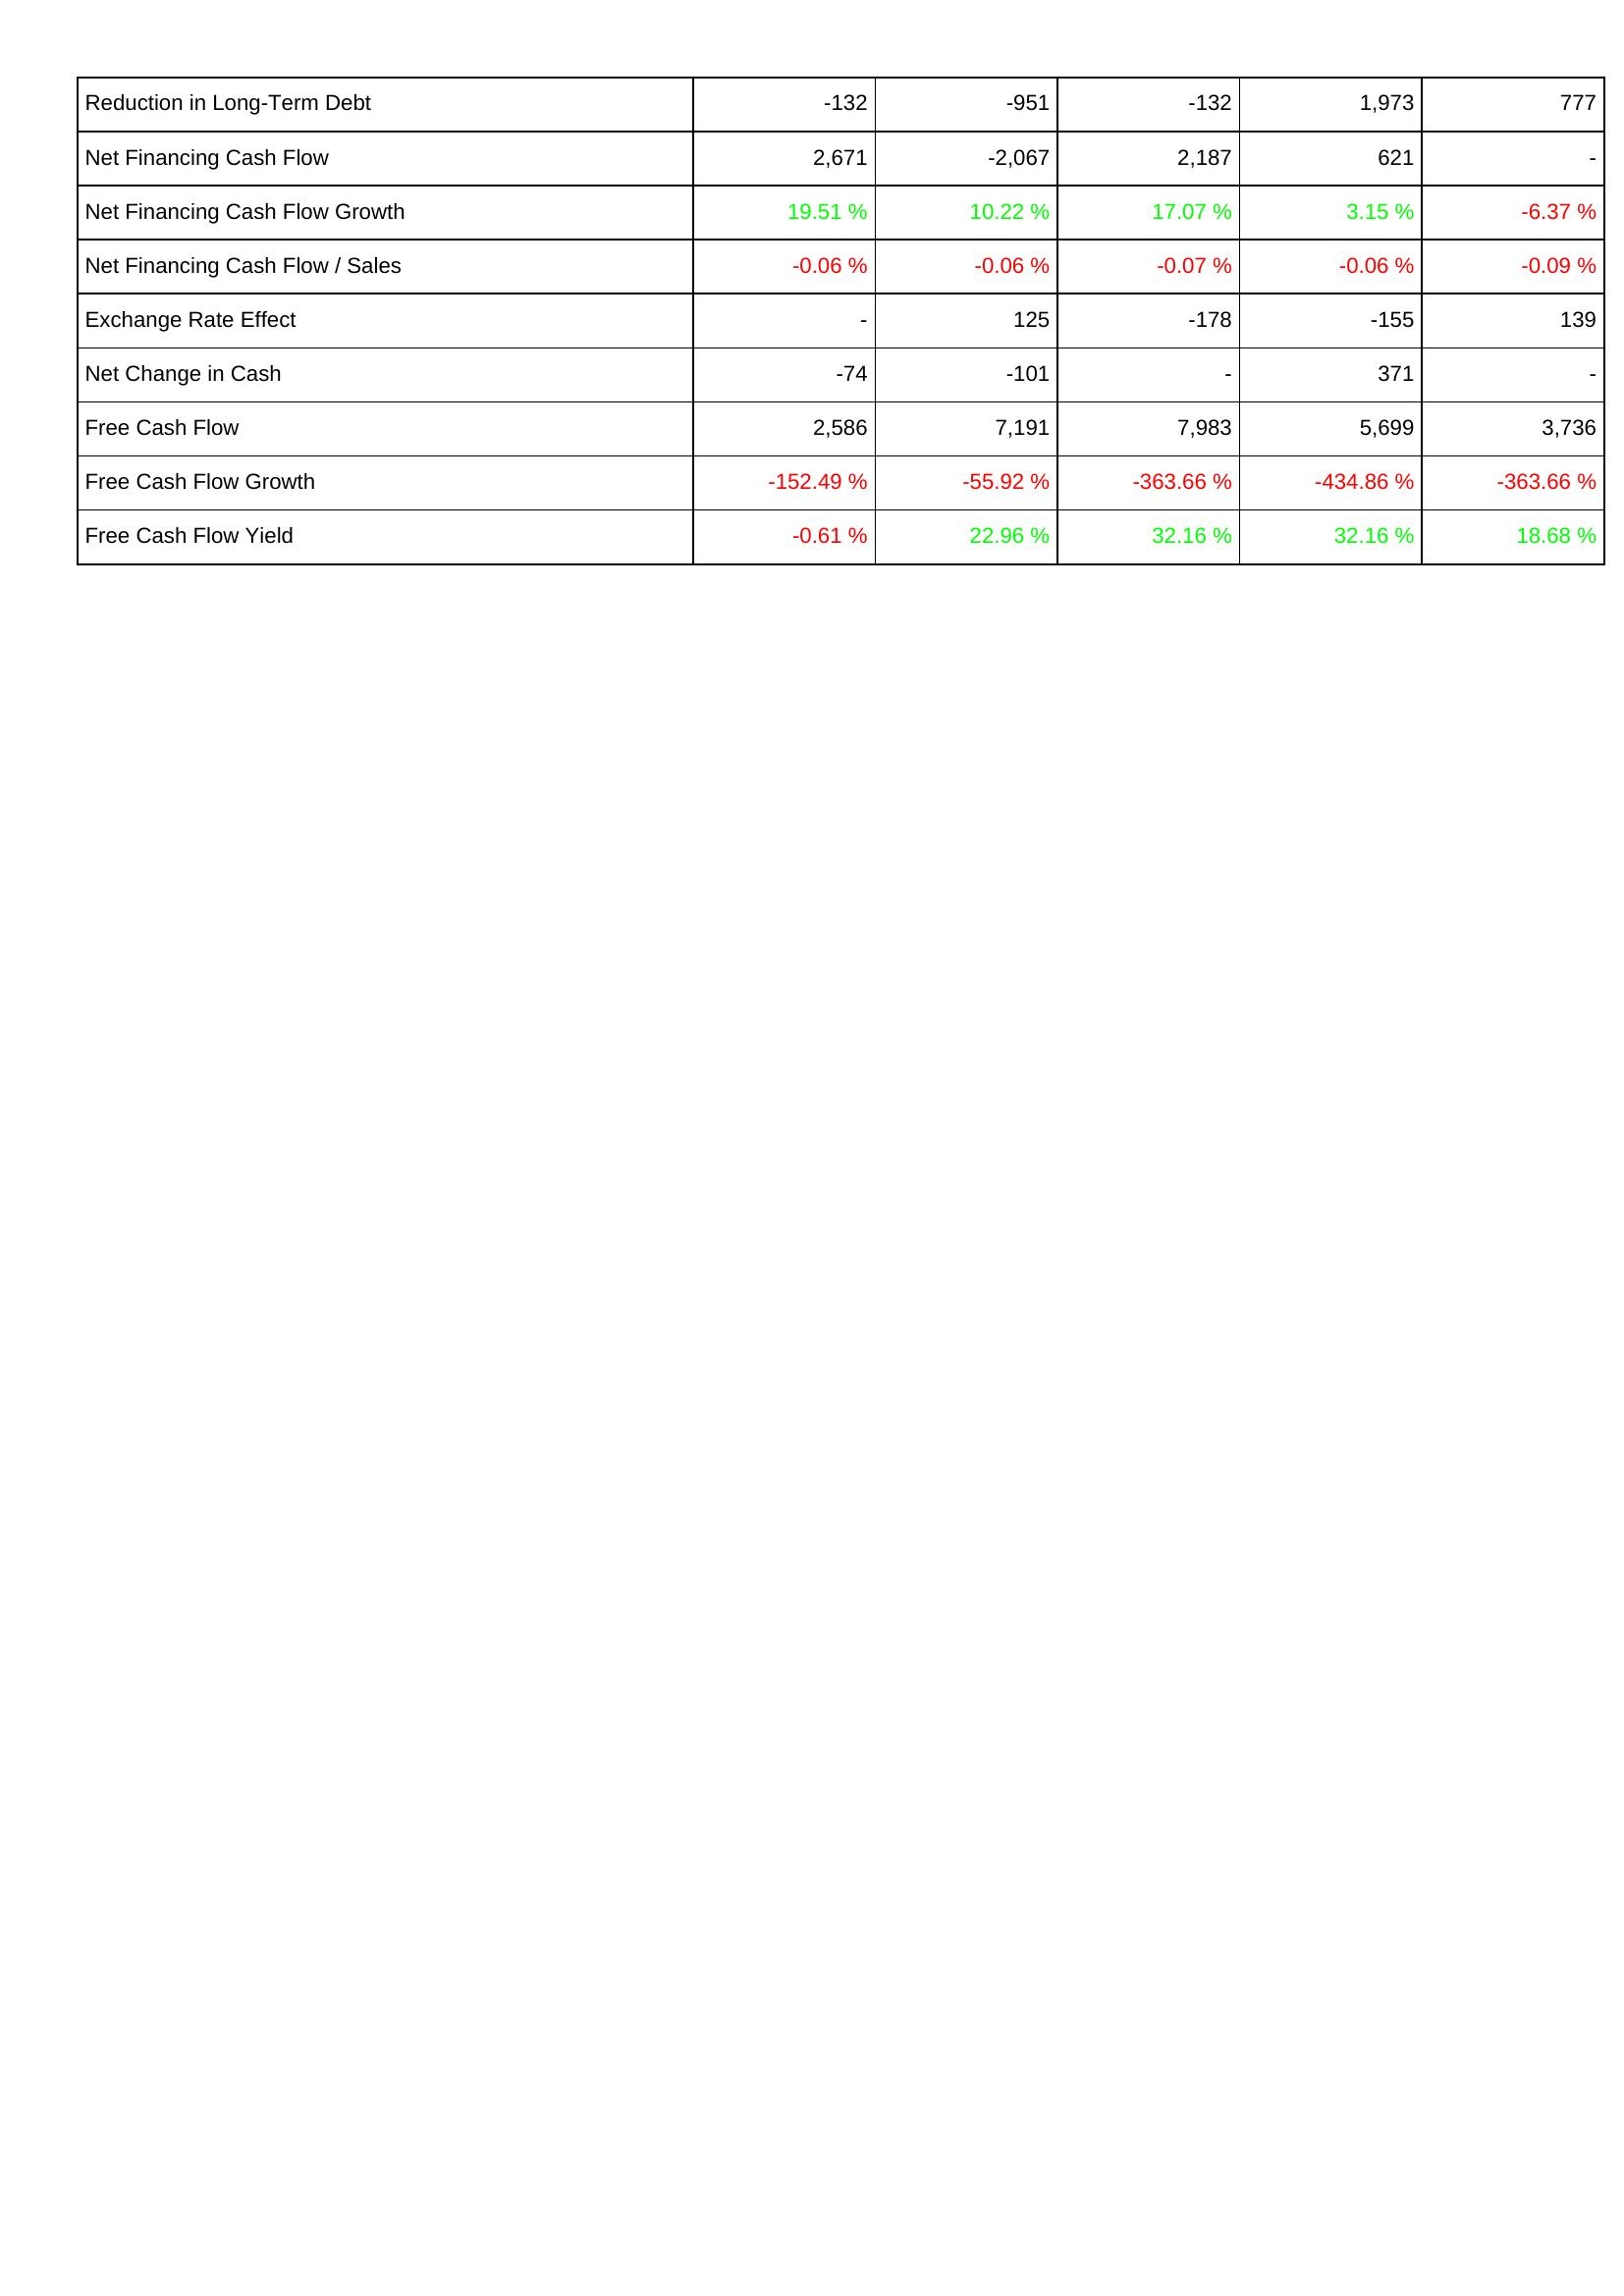
2017: Financing Activities: Reduction in Long-Term Debt: -132
Net Financing Cash Flow: 2,671
Net Financing Cash Flow Growth: 19.51 %
Net Financing Cash Flow / Sales: -0.06 %
Exchange Rate Effect: -
Net Change in Cash: -74
Free Cash Flow: 2,586
Free Cash Flow Growth: -152.49 %
Free Cash Flow Yield: -0.61 %
2018: Financing Activities: Reduction in Long-Term Debt: -951
Net Financing Cash Flow: -2,067
Net Financing Cash Flow Growth: 10.22 %
Net Financing Cash Flow / Sales: -0.06 %
Exchange Rate Effect: 125
Net Change in Cash: -101
Free Cash Flow: 7,191
Free Cash Flow Growth: -55.92 %
Free Cash Flow Yield: 22.96 %
2019: Financing Activities: Reduction in Long-Term Debt: -132
Net Financing Cash Flow: 2,187
Net Financing Cash Flow Growth: 17.07 %
Net Financing Cash Flow / Sales: -0.07 %
Exchange Rate Effect: -178
Net Change in Cash: -
Free Cash Flow: 7,983
Free Cash Flow Growth: -363.66 %
Free Cash Flow Yield: 32.16 %
2020: Financing Activities: Reduction in Long-Term Debt: 1,973
Net Financing Cash Flow: 621
Net Financing Cash Flow Growth: 3.15 %
Net Financing Cash Flow / Sales: -0.06 %
Exchange Rate Effect: -155
Net Change in Cash: 371
Free Cash Flow: 5,699
Free Cash Flow Growth: -434.86 %
Free Cash Flow Yield: 32.16 %
2021: Financing Activities: Reduction in Long-Term Debt: 777
Net Financing Cash Flow: -
Net Financing Cash Flow Growth: -6.37 %
Net Financing Cash Flow / Sales: -0.09 %
Exchange Rate Effect: 139
Net Change in Cash: -
Free Cash Flow: 3,736
Free Cash Flow Growth: -363.66 %
Free Cash Flow Yield: 18.68 %